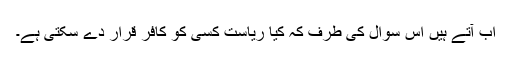
اب آتے ہیں اس سوال کی طرف کہ کیا ریاست کسی کو کافر قرار دے سکتی ہے۔